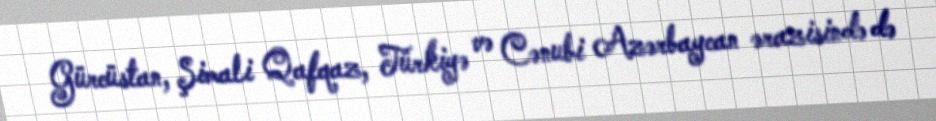
Gürcüstan, Şimali Qafqaz, Türkiyə və Cənubi Azərbaycan ərazisində də